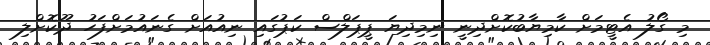
މި ގޯލު އެޓީމަށް ކާމިޔާބުކޮށްދިނީ ނިމިދިޔަ ޕީޕަލްސް ކަޕުގައި ނިއުއަށް ގެނައުމަށްފަހު ދޫކޮށްލި